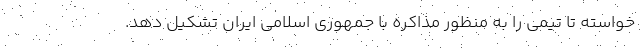
خواسته تا تیمی را به منظور مذاکره با جمهوری اسلامی ایران تشکیل دهد.